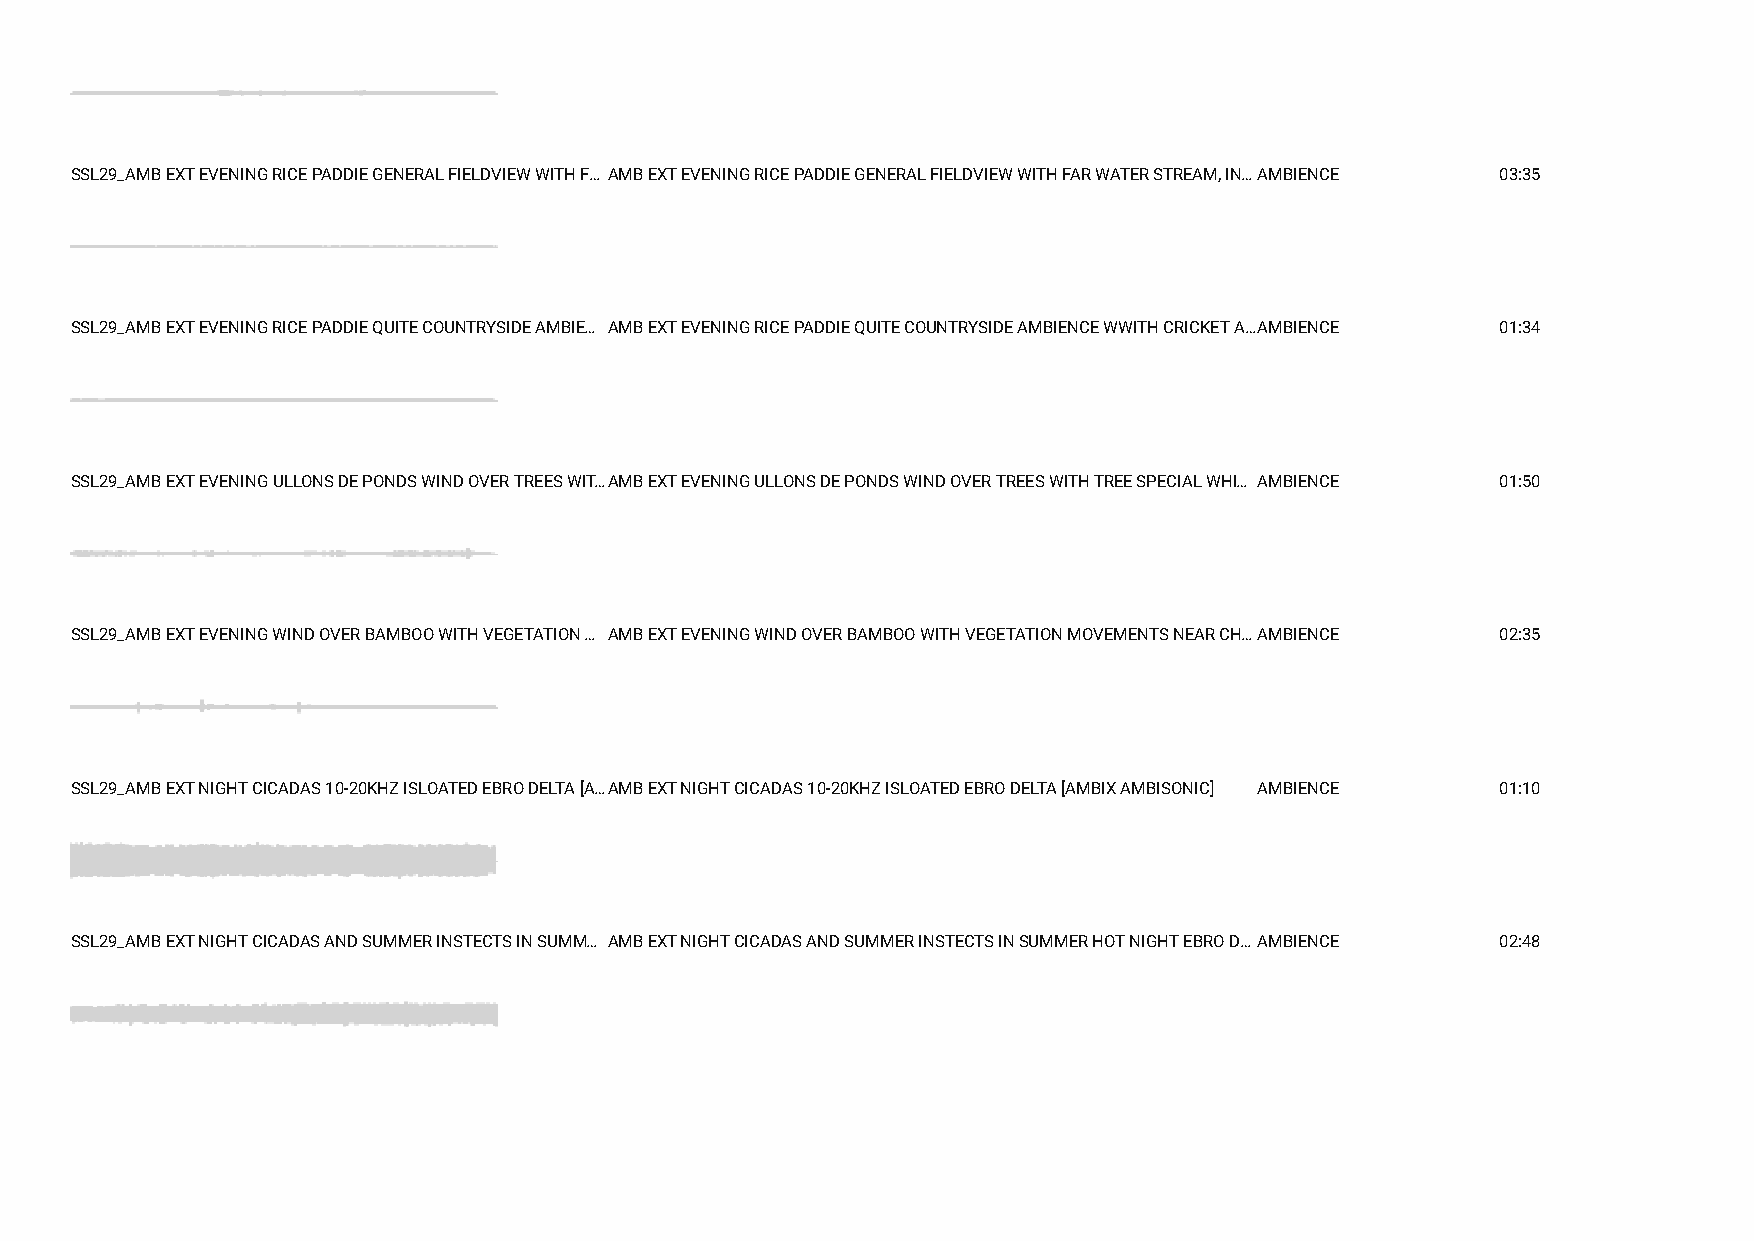
SSL29_AMB EXT EVENING RICE PADDIE GENERAL FIELDVIEW WITH F… AMB EXT EVENING RICE PADDIE GENERAL FIELDVIEW WITH FAR WATER STREAM, IN…AMBIENCE 03:35
 SSL29_AMB EXT EVENING RICE PADDIE QUITE COUNTRYSIDE AMBIE… AMB EXT EVENING RICE PADDIE QUITE COUNTRYSIDE AMBIENCE WWITH CRICKET A…AMBIENCE 01:34
 SSL29_AMB EXT EVENING ULLONS DE PONDS WIND OVER TREES WIT…AMB EXT EVENING ULLONS DE PONDS WIND OVER TREES WITH TREE SPECIAL WHI… AMBIENCE 01:50
 SSL29_AMB EXT EVENING WIND OVER BAMBOO WITH VEGETATION … AMB EXT EVENING WIND OVER BAMBOO WITH VEGETATION MOVEMENTS NEAR CH…AMBIENCE 02:35
 SSL29_AMB EXT NIGHT CICADAS 10-20KHZ ISLOATED EBRO DELTA [A…AMB EXT NIGHT CICADAS 10-20KHZ ISLOATED EBRO DELTA [AMBIX AMBISONIC] AMBIENCE 01:10
 SSL29_AMB EXT NIGHT CICADAS AND SUMMER INSTECTS IN SUMM… AMB EXT NIGHT CICADAS AND SUMMER INSTECTS IN SUMMER HOT NIGHT EBRO D… AMBIENCE 02:48